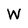
Character: W